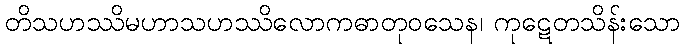
တိသဟဿိမဟာသဟဿိလောကဓာတုဝသေန၊ ကုဋေတသိန်းသော